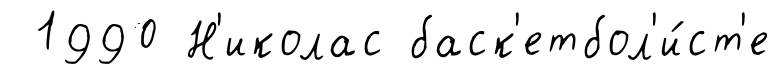
1990 Н'иколас баск'етбол'и́ст'е